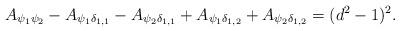
LaTeX: \begin{align*}A_{\psi_1\psi_2} -A_{\psi_1\delta_{1,1}} -A_{\psi_2\delta_{1,1}}+A_{\psi_1\delta_{1,2}}+A_{\psi_2\delta_{1,2}}= (d^2-1)^2.\end{align*}